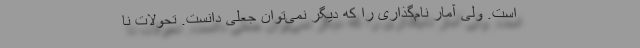
است. ولی آمار نام‌گذاری را که دیگر نمی‌توان جعلی دانست. تحولات نا